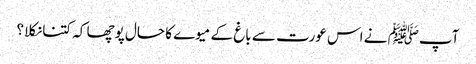
آپﷺ نے اس عورت سے باغ کے میوے کا حال پوچھا کہ کتنا نکلا؟